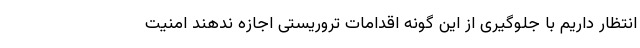
انتظار داریم با جلوگیری از این گونه اقدامات تروریستی اجازه ندهند امنیت